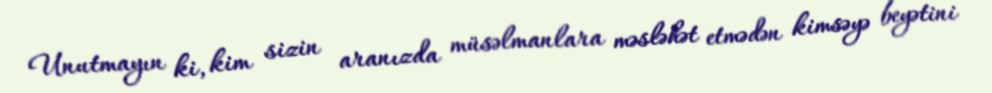
Unutmayın ki, kim sizin aranızda müsəlmanlara məsləhət etmədən kimsəyə beyətini